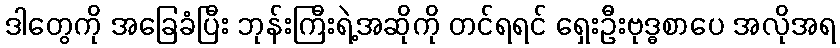
ဒါတွေကို အခြေခံပြီး ဘုန်းကြီးရဲ့အဆိုကို တင်ရရင် ရှေးဦးဗုဒ္ဓစာပေ အလိုအရ